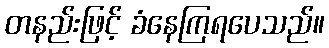
တနည်းဖြင့် ခံနေကြရပေသည်။